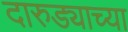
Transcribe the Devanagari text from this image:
दारुड्याच्या